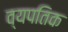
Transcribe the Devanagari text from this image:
व्यपतिक